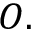
O .